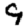
Digit: 9